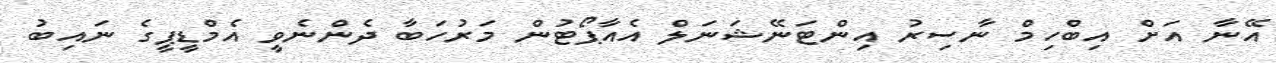
އޭނާ އަށް އިބްހިމް ނާސިރު އިންޓަނޭޝަނަލް އެއާޕޯޓުން މަރުހަބާ ދެންނެވީ އެމްޑީޕީގެ ނައިބު